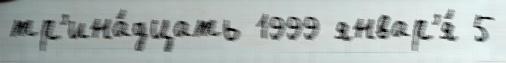
тр'ина́дцать 1999 январ'я́ 5